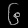
Digit: ၆